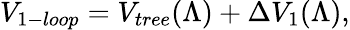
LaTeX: V_{1-loop}=V_{tree}(\Lambda)+\Delta V_{1}(\Lambda),